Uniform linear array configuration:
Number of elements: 4
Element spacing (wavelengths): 0.75
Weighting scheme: hamming
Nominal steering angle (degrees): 30
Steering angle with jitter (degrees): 29.591
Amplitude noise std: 0.05
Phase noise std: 0.05

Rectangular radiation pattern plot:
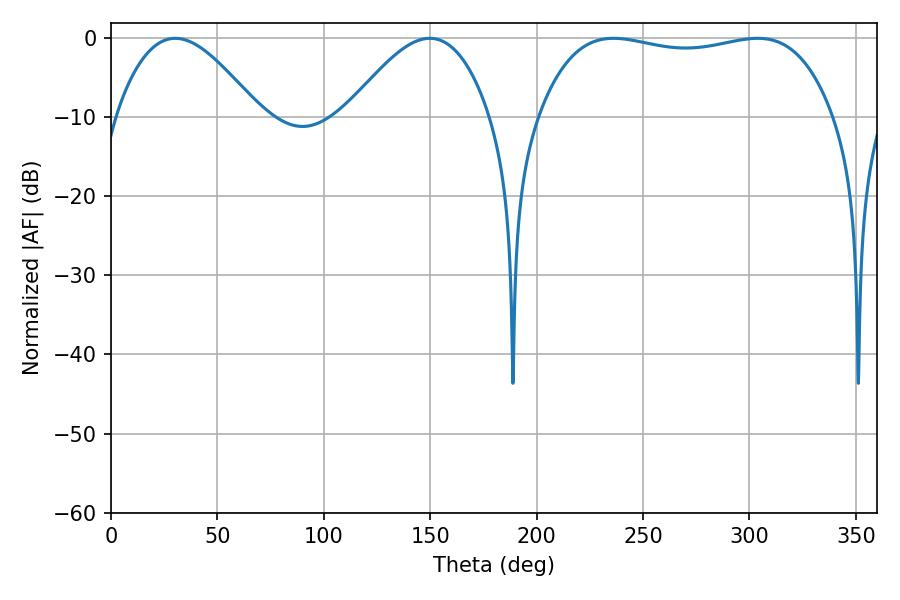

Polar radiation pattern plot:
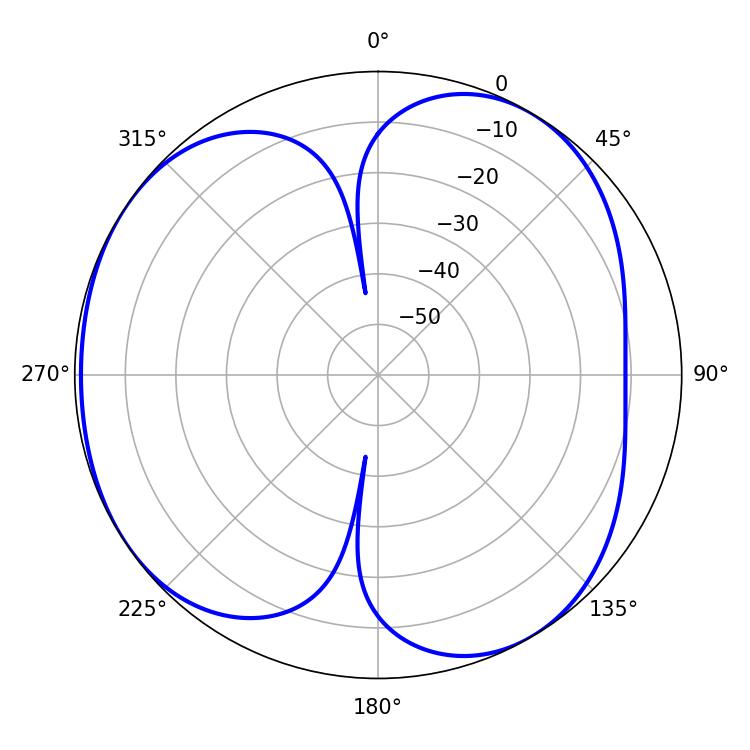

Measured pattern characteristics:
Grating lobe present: TRUE
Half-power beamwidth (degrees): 111.24
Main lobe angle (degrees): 236.16